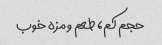
حجم کم، طعم و مزه خوب